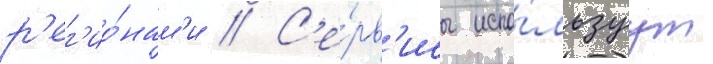
р'ег'ио́нам'и // С'е́рв'исы испо́льзуут